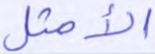
الأمثل